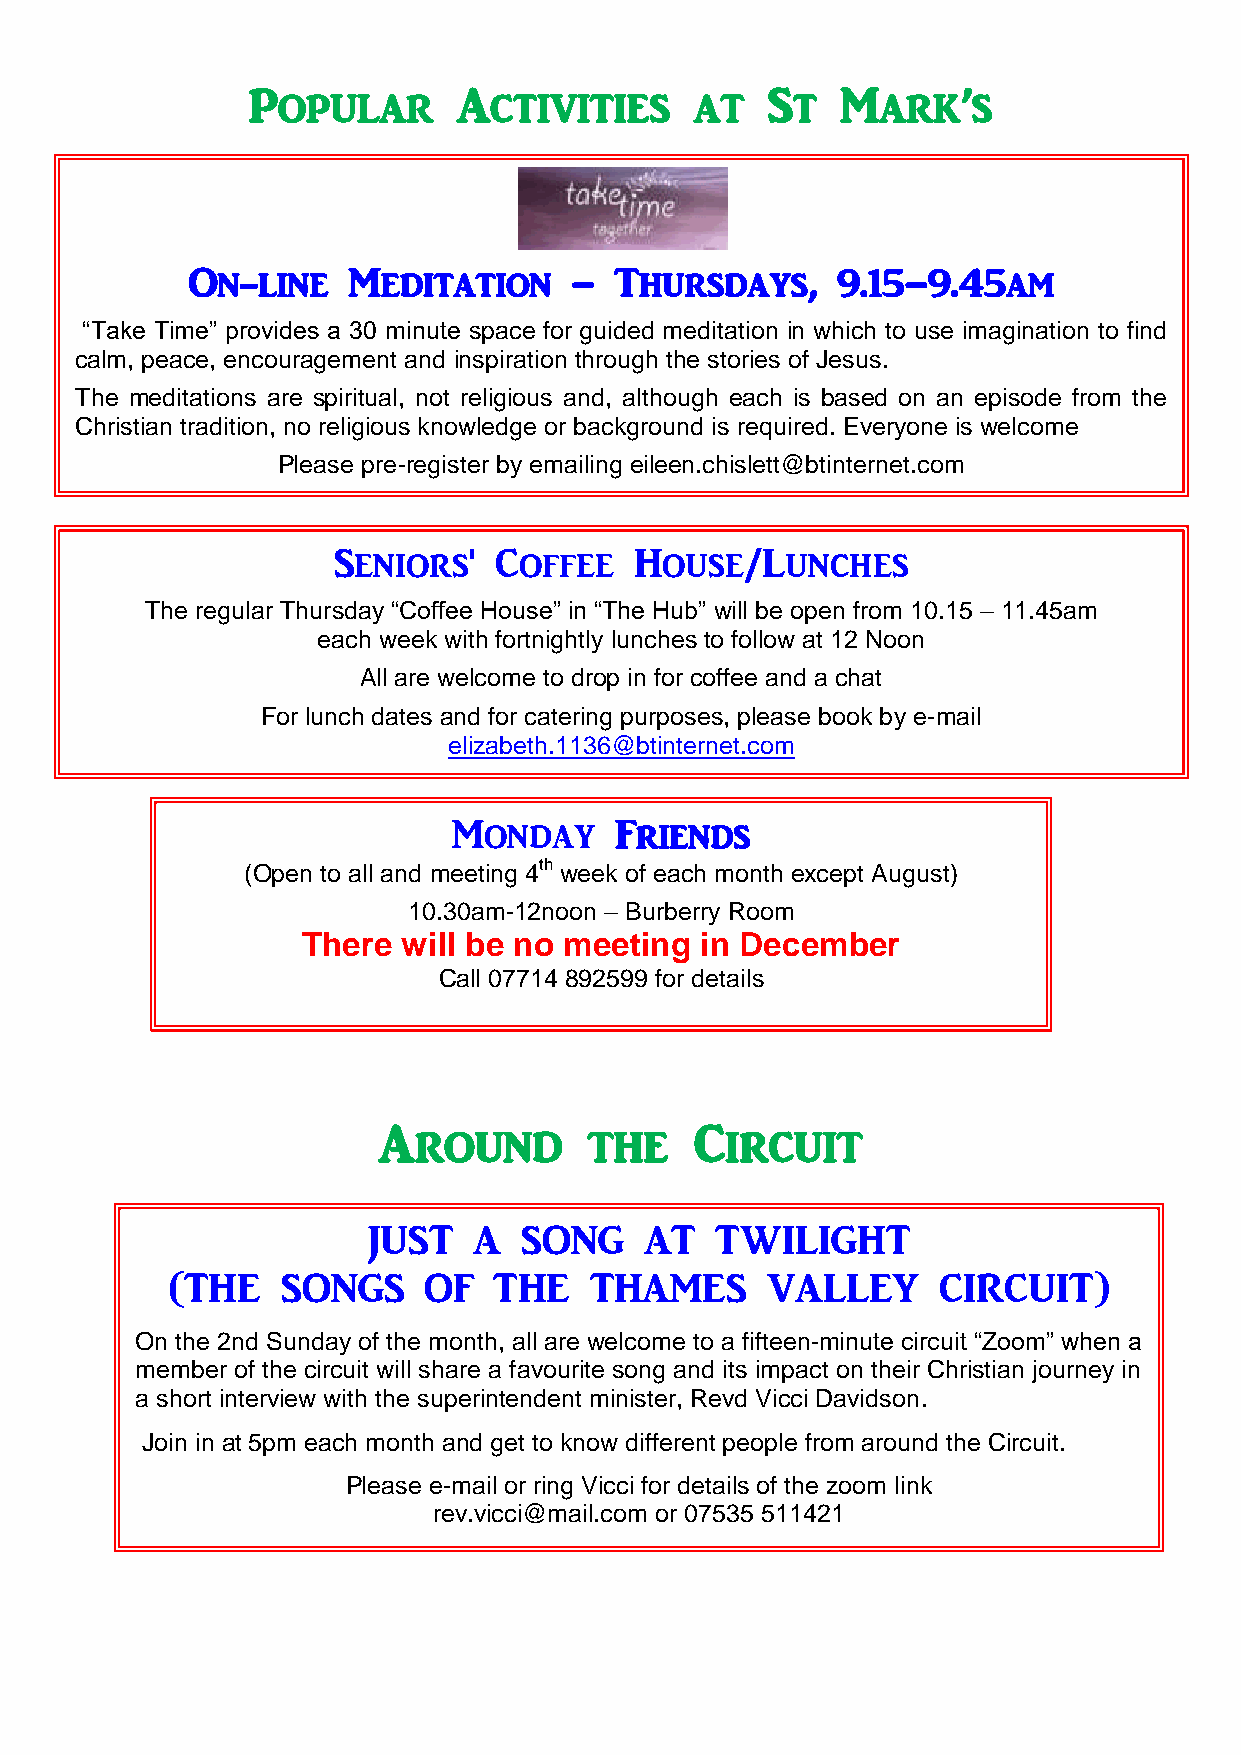
Popular       Activities      at   St   Mark’s
 On-line    Meditation     –  Thursdays,    9.15–9.45am
 “Take Time” provides a 30 minute space for guided meditation in which to use imagination to find
 calm, peace, encouragement and inspiration throu gh the stories of Jesus.
 The meditations are spiritual, not religious and, although each is based on an episode from the
 Christian tradition, no religious knowledge or background is required. Everyone is welcome
 Please pre-register by emailing eileen.chislett@btinternet.com
 Seniors'   Coffee   House/Lunches
 The regular Thursday “Coffee House” in “The Hub” will be open from 10.15 – 11.45am
 each week with fortnightly lunches to follow at 12 Noon
 All are welcome to drop in for coffee and a chat
 For lunch dates and for catering purposes, please book by e-mail
 elizabeth.1136@btinternet.com
 Monday     Friends
 (Open to all and meeting 4th week of each month except August)
 10.30am-12noon – Burberry Room
 There  will be no mee ting in December
 Call 07714 892599 for details
 Around        the    Circuit
 JUST   A   SONG    AT  TWILIGHT
 (THE    SONGS    OF   THE   THAMES      VALLEY     CIRCUIT)
 On the 2nd Sunday of the month, all are welcome to a fifteen-minute circuit “Zoom” when a
 member of the circuit will share a favourite song and its impact on their Christian journey in
 a short interview with the superintendent minister, Revd Vicci Davidson.
 Join in at 5pm each month and get to know different people from around the Circuit.
 Please e-mail or ring Vicci for details of the zoom link
 rev.vicci@mail.com or 07535 511421